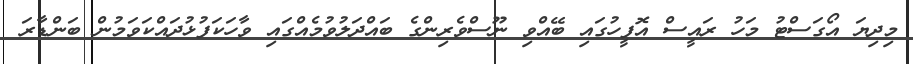
މިދިޔަ އޯގަސްޓު މަހު ރައީސް އޮފީހުގައި ބޭއްވި ނޫސްވެރިންގެ ބައްދަލުވުމެއްގައި ވާހަކަފުޅުދައްކަވަމުން ބަންޑާރަ